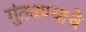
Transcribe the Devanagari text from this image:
गुंतवण्याचे